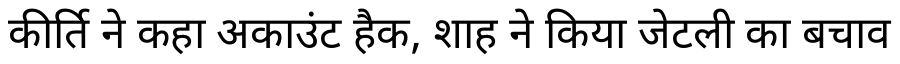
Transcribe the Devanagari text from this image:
कीर्ति ने कहा अकाउंट हैक, शाह ने किया जेटली का बचाव